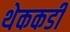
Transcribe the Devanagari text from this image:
थेककडी